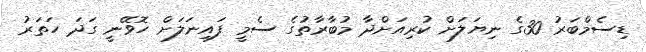
ޑިސެމްބަރު 30ގެ ނިޔަލަށް ކުރިއަށްދާ މުބާރާތުގެ ސެމީ ފައިނަލަށް ހޮވޭނީ ގަދަ ހަތަރު